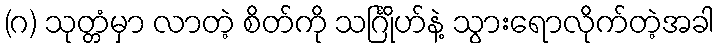
(ဂ) သုတ္တံမှာ လာတဲ့ စိတ်ကို သင်္ဂြိုဟ်နဲ့ သွားရောလိုက်တဲ့အခါ